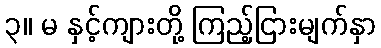
၃။ မ နှင့်ကျားတို့ ကြည့်ငြားမျက်နှာ